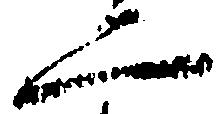
二